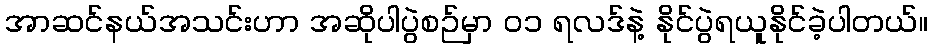
အာဆင်နယ်အသင်းဟာ အဆိုပါပွဲစဉ်မှာ ဝ၁ ရလဒ်နဲ့ နိုင်ပွဲရယူနိုင်ခဲ့ပါတယ်။